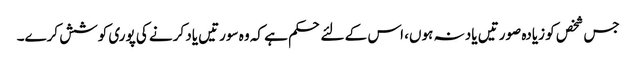
جس شخص کو زیادہ صورتیں یاد نہ ہوں، اس کے لئے حکم ہے کہ وہ سورتیں یاد کرنے کی پوری کوشش کرے۔